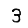
Digit: 3